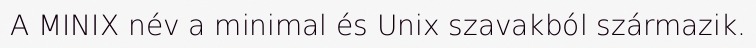
A MINIX név a minimal és Unix szavakból származik.